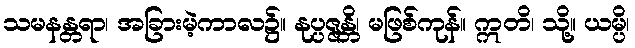
သမနန္တရာ၊ အခြားမဲ့ကာလ၌။ နုပ္ပဇ္ဇန္တိ၊ မဖြစ်ကုန်။ ဣတိ၊ သို့။ ယမ္ပိ၊